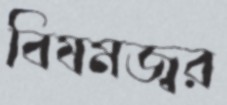
বিষমজ্বর